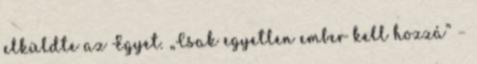
elküldte az Egyet. „Csak egyetlen ember kell hozzá” –